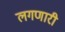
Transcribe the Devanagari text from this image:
लगणारी